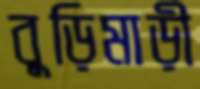
বুড়িমাড়ী